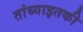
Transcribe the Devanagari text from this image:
तांब्याइतकी